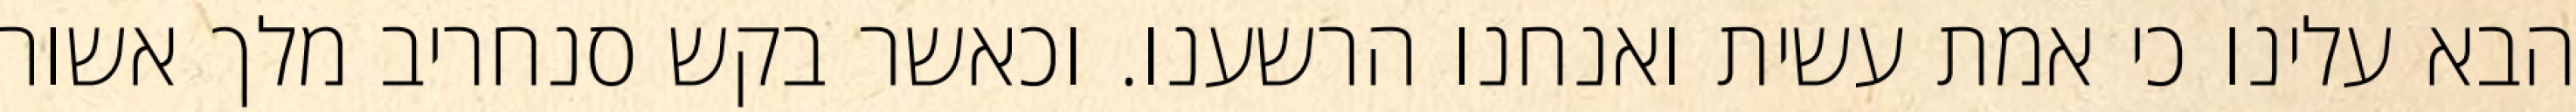
הבא עלינו כי אמת עשית ואנחנו הרשענו. וכאשר בקש סנחריב מלך אשור